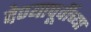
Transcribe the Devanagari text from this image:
देण्यापूर्वीच्या